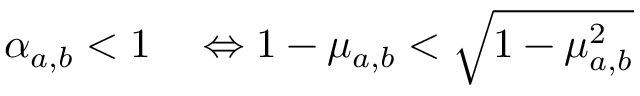
\begin{array} { r l } { \alpha _ { a , b } < 1 } & { { } \Leftrightarrow 1 - \mu _ { a , b } < \sqrt { 1 - \mu _ { a , b } ^ { 2 } } } \end{array}